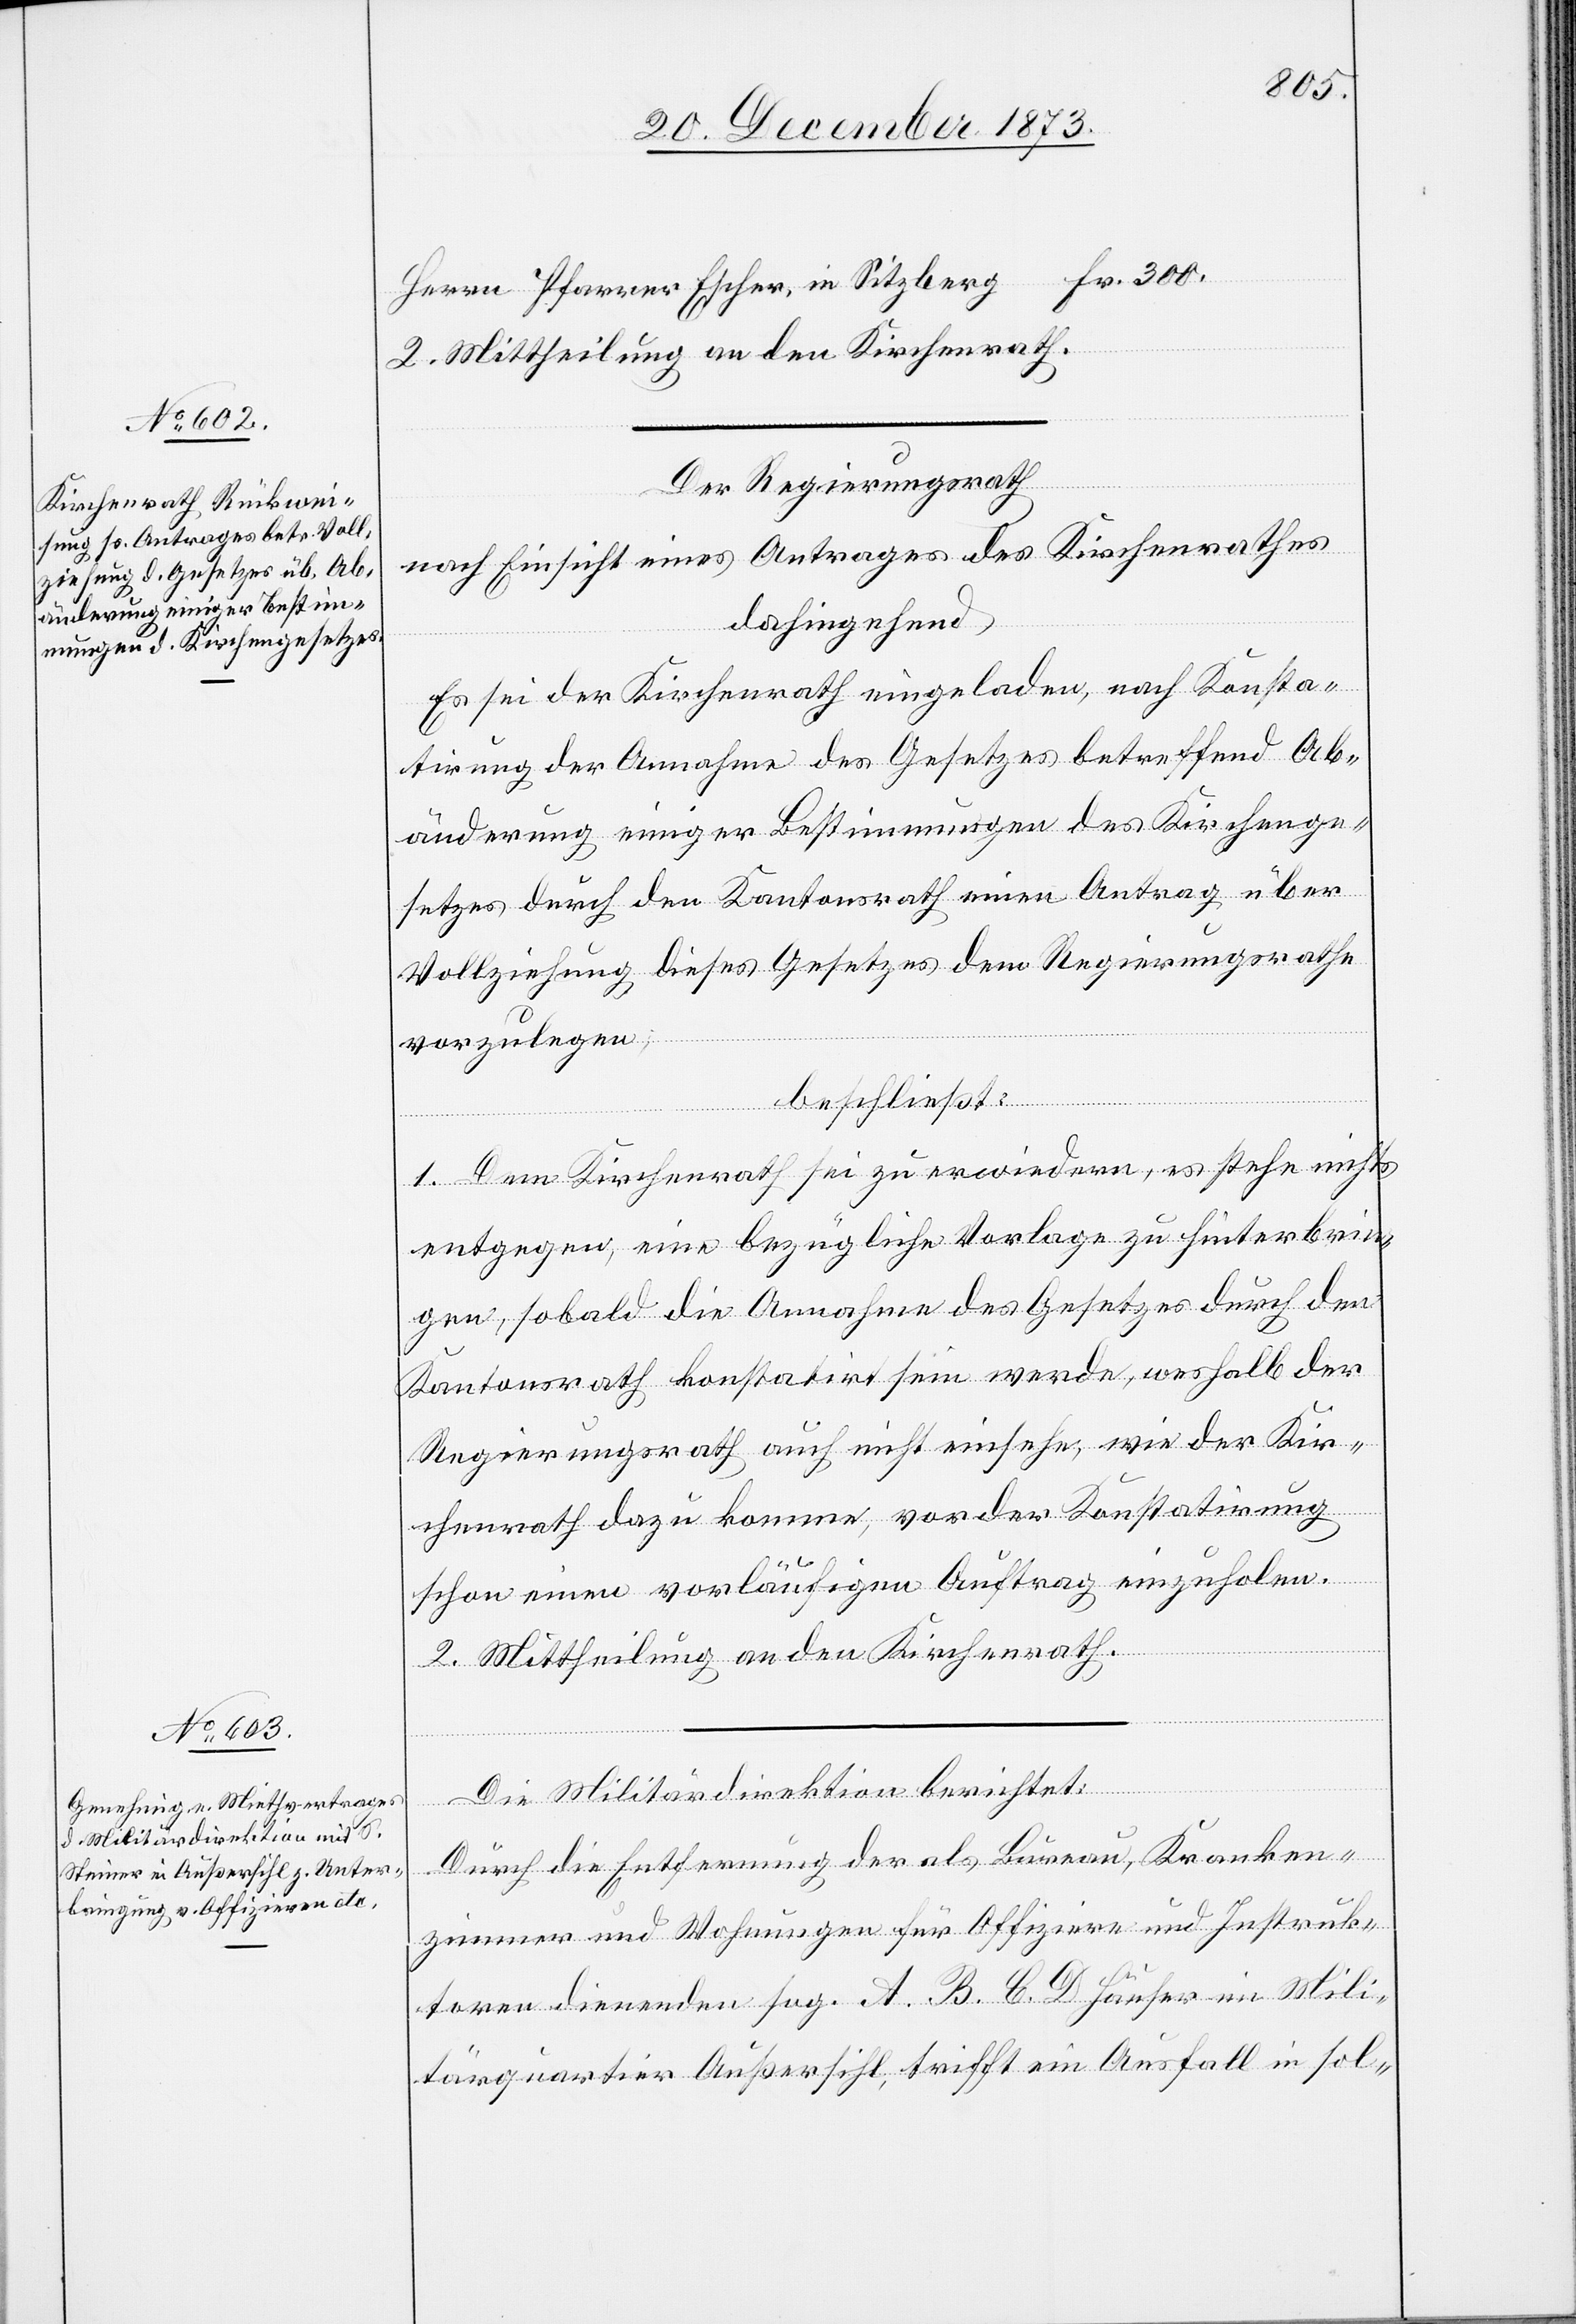
300.
2. Mittheilung an den Kirchenrath.
Escher, in
Der Regierungsrath
nach Einsicht eines Antrages des Kirchenrathes
dahingehend
Es sei der Kirchenrath eingeladen, nach Konsta¬
tirung der Annahme des Gesetzes betreffend Ab¬
änderung einiger Bestimmungen des Kirchenge¬
setzes durch den Kantonsrath einen Antrag über
Vollziehung dieses Gesetzes dem Regierungsrathe
vorzulegen,
beschließt:
1. Dem Kirchenrath sei zu erwiedern, es stehe nichts
entgegen, eine bezügliche Vorlage zu hinterbrin¬
gen, sobald die Annahme des Gesetzes durch den
Kantonsrath konstatirt sein werde, weshalb der
Regierungsrath auch nicht einsehe, wie der Kir¬
chenrath dazu komme, vor der Konstatirung
schon einen vorläufigen Auftrag einzuholen.
2. Mittheilung an den Kirchenrath.
Die Militärdirektion berichtet:
Durch die Entfernung der als Bureau, Kranken¬
zimmer und Wohnungen für Offiziere und Instruk¬
toren dienenden sog. A. B. C. D Häuser im Mili¬
tärquartier Außersihl, trifft ein Ausfall in sol-